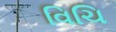
વિચિ